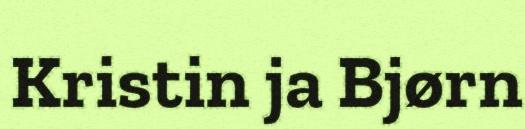
Kristin ja Bjørn